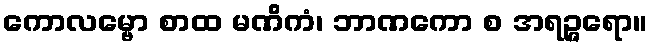
ကောလမ္ဗော စာထ မဏိကံ၊ ဘာဏကော စ အရဉ္ဇရော။